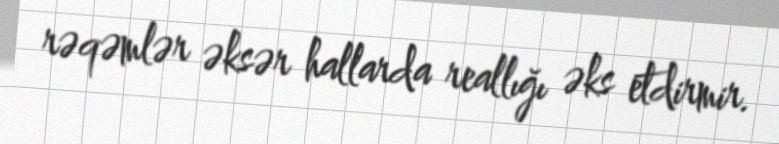
rəqəmlər əksər hallarda reallığı əks etdirmir.